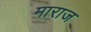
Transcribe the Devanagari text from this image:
माराज